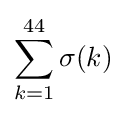
\sum _{k=1}^{44}\sigma (k)